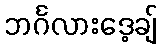
ဘင်္ဂလားဒေ့ချ်